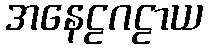
အနေဠဂဠာယ